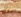
رولي